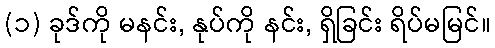
(၁) ခုဒ်ကို မနင်း, နုပ်ကို နင်း, ရှိခြင်း ရိပ်မမြင်။